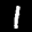
Label: 1